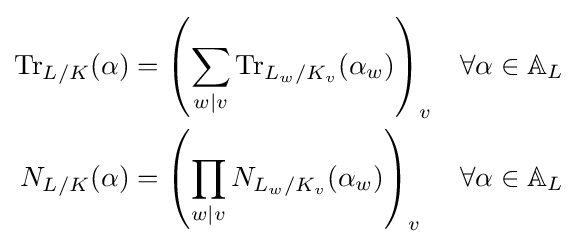
{\begin{aligned}\operatorname {Tr} _{L/K}(\alpha )&=\left(\sum _{w|v}\operatorname {Tr} _{L_{w}/K_{v}}(\alpha _{w})\right)_{v}&&\forall \alpha \in \mathbb {A} _{L}\\N_{L/K}(\alpha )&=\left(\prod _{w|v}N_{L_{w}/K_{v}}(\alpha _{w})\right)_{v}&&\forall \alpha \in \mathbb {A} _{L}\end{aligned}}